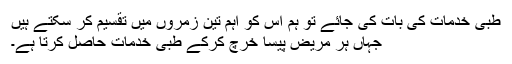
طبی خدمات کی بات کی جائے تو ہم اُس کو اہم تین زمروں میں تقسیم کر سکتے ہیں
جہاں ہر مریض پیسا خرچ کرکے طبی خدمات حاصل کرتا ہے۔